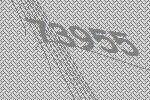
73955